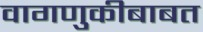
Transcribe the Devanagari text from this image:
वागणुकीबाबत